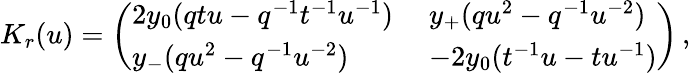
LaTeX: K_{r}(u)=\left(\begin{array}{ll}{{2y_{0}(qtu-q^{-1}t^{-1}u^{-1})\; }}&{{y_{+}(qu^{2}-q^{-1}u^{-2})}}\\ {{y_{-}(qu^{2}-q^{-1}u^{-2})\; }}&{{-2y_{0}(t^{-1}u-tu^{-1})}}\end{array}\right)\, ,